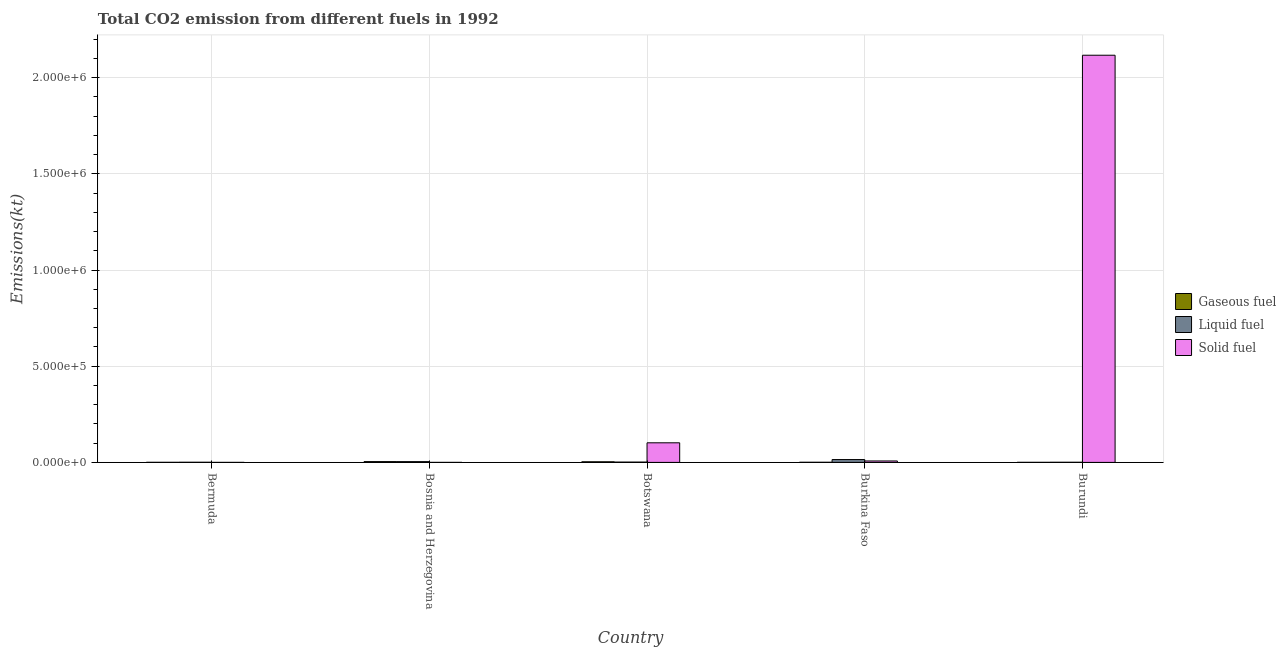
| Country | Gaseous fuel | Liquid fuel | Solid fuel |
 | --- | --- | --- | --- |
 | Bermuda | 407 | 722 | 18.3 |
 | Bosnia and Herzegovina | 4.14e+03 | 3.95e+03 | 3.67 |
 | Botswana | 3.27e+03 | 1.6e+03 | 1.02e+05 |
 | Burkina Faso | 631 | 1.48e+04 | 7.46e+03 |
 | Burundi | 308 | 631 | 2.12e+06 |